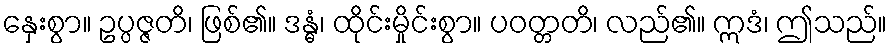
နှေးစွာ။ ဥပ္ပဇ္ဇတိ၊ ဖြစ်၏။ ဒန္ဓံ၊ ထိုင်းမှိုင်းစွာ။ ပဝတ္တတိ၊ လည်၏။ ဣဒံ၊ ဤသည်။